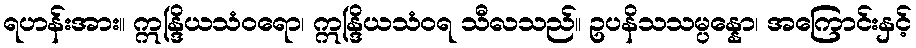
ရဟန်းအား။ ဣန္ဒြိယသံဝရော၊ ဣန္ဒြိယသံဝရ သီလသည်။ ဥပနိသသမ္ပန္နော၊ အကြောင်းနှင့်